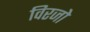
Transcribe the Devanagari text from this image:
विरजो